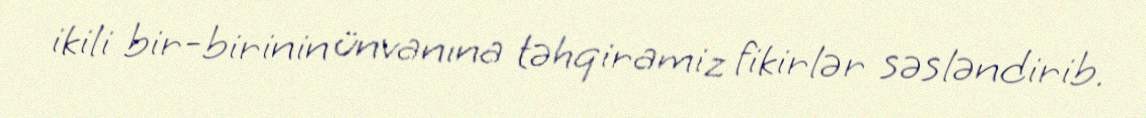
ikili bir-birinin ünvanına təhqiramiz fikirlər səsləndirib.